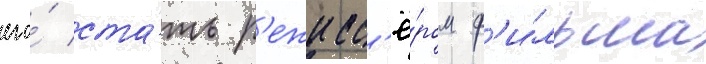
его́ ста́ть р'ежисс'ё́ром ф'и́льма